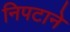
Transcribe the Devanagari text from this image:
निपटाने